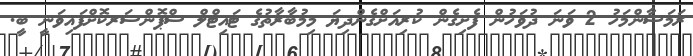
ރަމަޟާންމަހު 2 ވަނަ ދުވަހުން ފެށިގެން ކުރިއަށްގެންދިޔަ މިމުބާރާތުގެ ޓައިޓްލް ސްޕޮންސަރކޮށްފައިވަނީ ބީ.